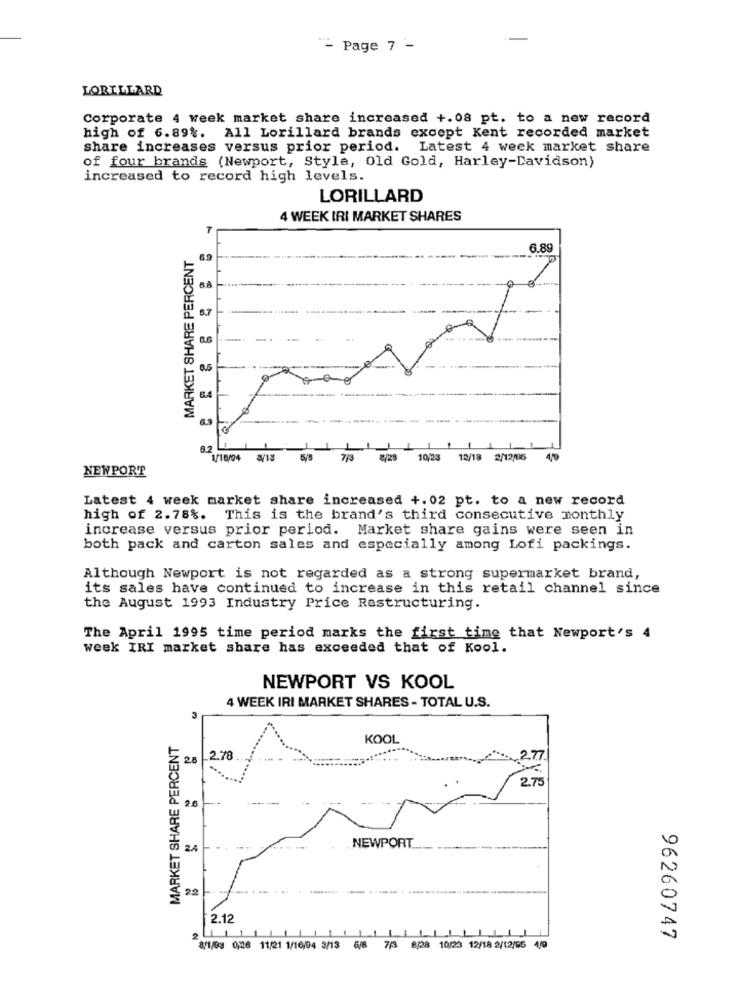
"- Page 7 -
LORILLARD
Corporate 4 week market share increased +.08 pt. to a new record
high of 6.89%. All Lorillard brands except Kent recorded market
share increases versus prior period. Latest 4 week market share
of four brands (Newport, Style, Old Gold, Harley-Davidson)
increased to record high levels.
LORILLARD
4 WEEK IRI MARKET SHARES
MARKET SHARE PERCENT
6.89
6.9
8.7
0.5
6.3
8.2
. ... . . . ..
1/16/04 8/18
5/8
7/3
8/28
10/23
12/18 2/12/05
419
NEWPORT
Latest 4 week market share increased +.02 pt. to a new record
high of 2.78%. This is the brand's third consecutive monthly
increase versus prior period. Market share gains were seen in
both pack and carton sales and especially among Lofi packings.
Although Newport is not regarded as a strong supermarket brand,
its sales have continued to increase in this retail channel since
the August 1993 Industry Price Restructuring.
The April 1995 time period marks the first time that Newport's 4
week IRI market share has exceeded that of Kool.
NEWPORT VS KOOL
4 WEEK IRI MARKET SHARES - TOTAL U.S.
3
MARKET SHARE PERCENT
KOOL
2.8
2.78
2.77
2.75
2.6
24
NEWPORT
22 -
2.12
96260747
8/1/98 0,26 11/21 1/16/94 2/13 5/8 7/3 8/28 10/23 12/18 2/12/65 4/9